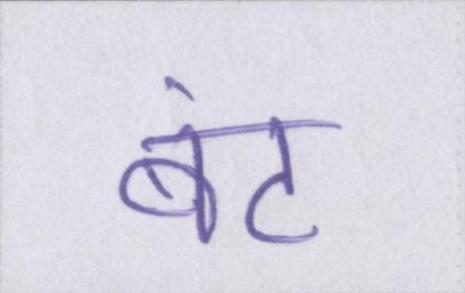
बंट